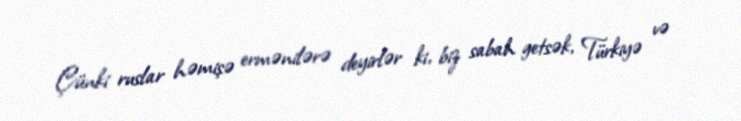
Çünki ruslar həmişə ermənilərə deyirlər ki, biz sabah getsək, Türkiyə və